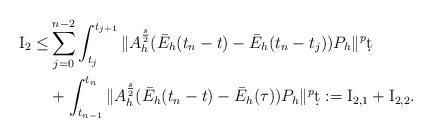
LaTeX: \begin{align*}{\rm I}_{2} \leq & \sum_{j=0}^{n-2} \int_{t_j}^{t_{j+1}} \|A_h^{\frac{s}{2}}(\bar E_h(t_n-t)-\bar E_h(t_n-t_j))P_h\|^p\d t\\& + \int_{t_{n-1}}^{t_n} \|A_h^{\frac{s}{2}}(\bar E_h(t_n-t) -\bar E_h(\tau))P_h\|^p \d t:= {\rm I}_{2,1} + {\rm I}_{2,2}.\end{align*}